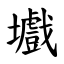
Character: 㚀